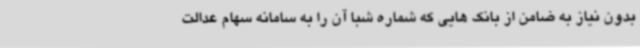
بدون نیاز به ضامن از بانک هایی که شماره شبا آن را به سامانه سهام عدالت